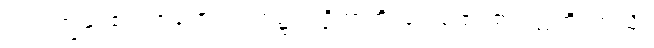
မံ၊ အကျွန်ုပ်၏။ ဉာဏေ၊ ဉာဏ်၌။ ပဋိဘာတိ၊ ရှေးရှုထင်၏။ ဣတိ၊ ဤသို့။